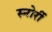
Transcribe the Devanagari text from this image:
स्नोर्री